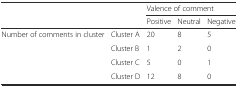
<table><thead><tr><td rowspan="2"></td><td rowspan="2"></td><td colspan="3"><b>Valence of comment</b></td></tr><tr><td><b>Positive</b></td><td><b>Neutral</b></td><td><b>Negative</b></td></tr></thead><tbody><tr><td rowspan="4">Number of comments in cluster</td><td>Cluster A</td><td>20</td><td>8</td><td>5</td></tr><tr><td>Cluster B</td><td>1</td><td>2</td><td>0</td></tr><tr><td>Cluster C</td><td>5</td><td>0</td><td>1</td></tr><tr><td>Cluster D</td><td>12</td><td>8</td><td>0</td></tr></tbody></table>